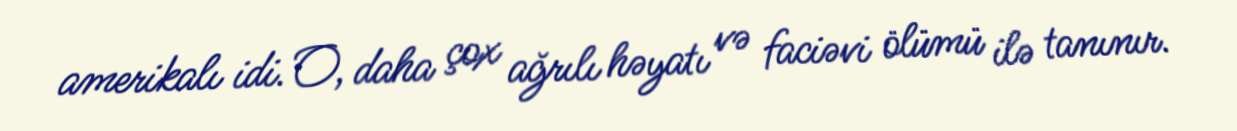
amerikalı idi. O, daha çox ağrılı həyatı və faciəvi ölümü ilə tanınır.